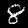
Label: 8